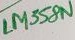
Text: LM358N